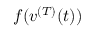
f ( v ^ { ( T ) } ( t ) )